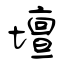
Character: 壇